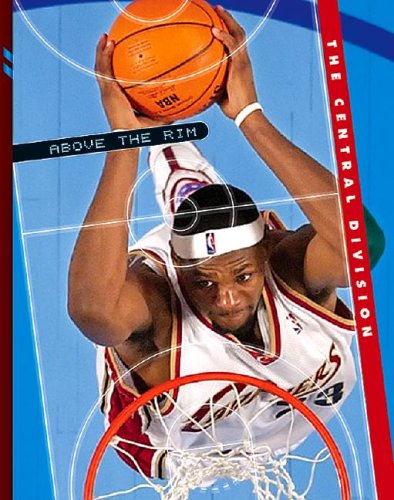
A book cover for The Central Division (Above the Rim); Jim Gigliotti; Teen & Young Adult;